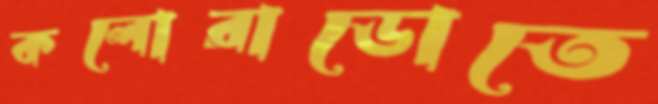
কলোরাডোতে